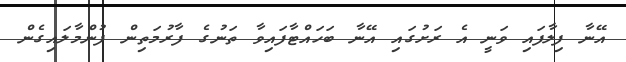
އޭނާ ފިލާފައި ވަނީ އެ ރަށުގައި އޭނާ ބަހައްޓާފައިވާ ތަނުގެ ފާރުމަތިން ފުންމާލައިގެން